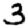
Digit: 3